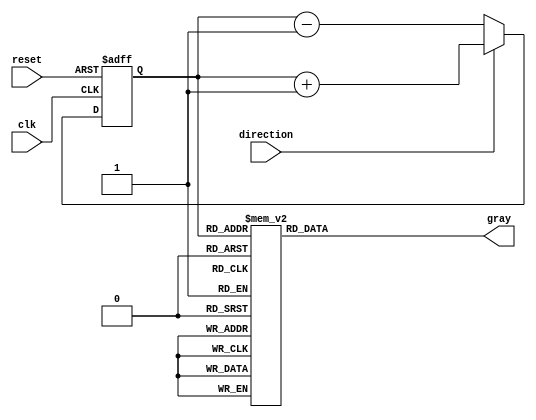
module gray_counter (
    input wire clk,
    input wire reset,
    input wire direction,
    output reg [3:0] gray
);

reg [3:0] binary;

// Gray code conversion logic
always @ (posedge clk or posedge reset) begin
    if (reset) begin
        binary <= 4'b0000;
    end else begin
        if (direction) begin
            binary <= binary + 1;
        end else begin
            binary <= binary - 1;
        end
    end
end

always @ (*) begin
    case(binary)
        4'b0000: gray = 4'b0000;
        4'b0001: gray = 4'b0001;
        4'b0011: gray = 4'b0010;
        4'b0010: gray = 4'b0011;
        4'b0110: gray = 4'b0100;
        4'b0111: gray = 4'b0101;
        4'b0101: gray = 4'b0110;
        4'b0100: gray = 4'b0111;
        4'b1100: gray = 4'b1000;
        4'b1101: gray = 4'b1001;
        4'b1111: gray = 4'b1010;
        4'b1110: gray = 4'b1011;
        4'b1010: gray = 4'b1100;
        4'b1011: gray = 4'b1101;
        4'b1001: gray = 4'b1110;
        4'b1000: gray = 4'b1111;
        default: gray = 4'b0000;
    endcase
end

endmodule